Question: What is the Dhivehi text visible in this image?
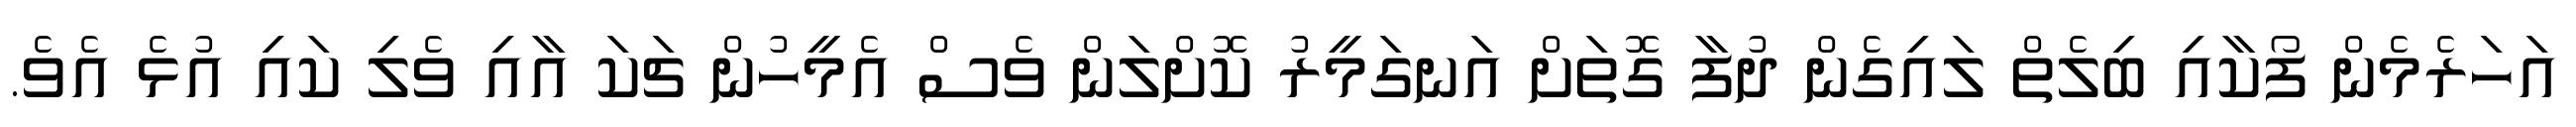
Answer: އަހަރެމެން ފޯކާއި ބިލެތް ލައިގެން ދުފާ ގޮތަށް އަނގަމީރު ކޮށްލަން ވެސް އެމީހުން ޗަކަ އާއި ވެލި ކައި އުޅެ އެވެ.